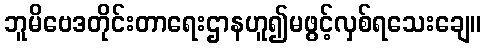
ဘူမိဗေဒတိုင်းတာရေးဌာနဟူ၍မဖွင့်လှစ်ရသေးချေ။